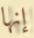
إنها